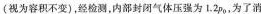
(视为容积不变)，经检测，内部封闭气体压强为1.2p_{0}，为了消